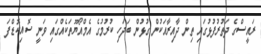
ރައީސްގެ ދަތުރުފުޅުގައި ތިން ދާއިރާއަކުން ގުޅުން ބަދަހި ކުރުމުގެ އެމްއޯޔޫތަކެއްގައި ވަނީ ސޮއިކޮޑްފަ